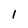
Character: 1